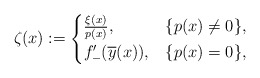
\begin{align*}\zeta(x):=\begin{cases}\frac{\xi(x)}{p(x)}, & \{p(x)\ne 0\},\\f_{-}'(\overline{y}(x)), & \{p(x)= 0\},\end{cases}\end{align*}